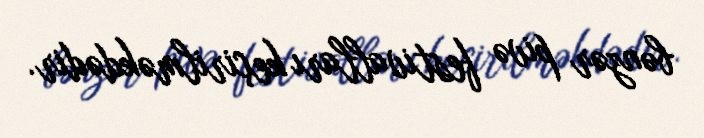
bənzər pivə festivalları keçirilməkdədir.